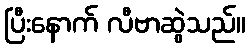
ပြီးနောက် လီဗာဆွဲသည်။